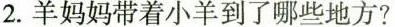
2.羊妈妈带着小羊到了哪些地方？